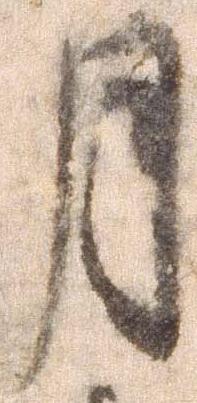
月